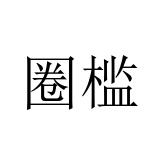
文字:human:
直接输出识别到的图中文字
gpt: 圈槛